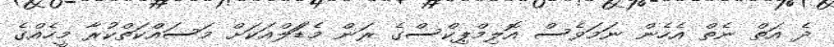
ދެ އަތް ނެތް އެހެން ނަމަވެސް އޮލިމްޕިކްސްގެ ރަން މެޑަަލްއަކަށް މަސައްކަތްކުރާ މީހެއްގެ